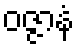
ဝဇ္ဇာနံ